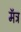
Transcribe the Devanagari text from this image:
मॅत्र